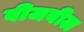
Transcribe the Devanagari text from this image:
वीजबील